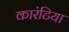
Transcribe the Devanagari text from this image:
कारंटिया